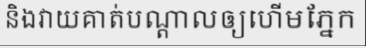
និងវាយគាត់បណ្តាលឲ្យហើមភ្នែក